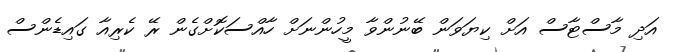
އަދި މާސްޓާސް އަށް ކިޔަވަން ބޭނުންވާ މީހުންނަށް ހާއްސަކޮށްގެން ރޭ ކެރިއާ ގައިޑެންސް